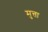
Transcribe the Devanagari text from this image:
मुत्ता